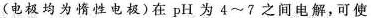
(电极均为惰性电极)在pH为4~7之间电解，可使